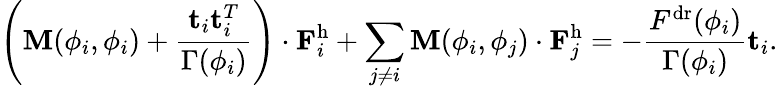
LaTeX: \left(\mathbf{M}(\phi_{i},\phi_{i})+\frac{\mathbf{t}_{i}\mathbf{t}_{i}^{T}}{\Gamma(\phi_{i})}\right)\cdot\mathbf{F}_{i}^{\mathrm{h}}+\sum_{j\ne i}\mathbf{M}(\phi_{i},\phi_{j})\cdot\mathbf{F}_{j}^{\mathrm{h}}=-\frac{F^{\mathrm{dr}}(\phi_{i})}{\Gamma(\phi_{i})}\mathbf{t}_{i}.